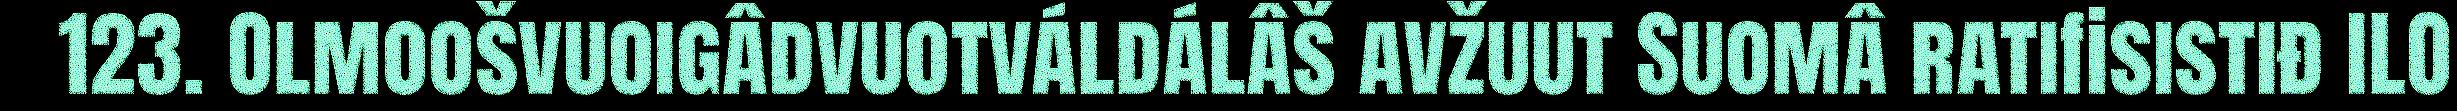
123. Olmoošvuoigâdvuotváldálâš avžuut Suomâ ratifisistiđ ILO